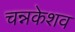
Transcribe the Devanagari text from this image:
चन्नकेशव